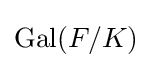
\operatorname {Gal} (F/K)